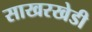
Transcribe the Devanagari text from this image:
साखरखेडी